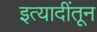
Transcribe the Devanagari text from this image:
इत्यादींतून